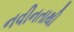
નવીનતાથી